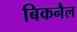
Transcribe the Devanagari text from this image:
बिकनैल